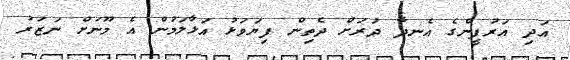
އަދި އަރުފީންގެ އެނދާ ދުރަށް ދެތިން ފިޔަވަޅު އަޅާލަމުން އެ މޫނަށް ނަޒަރު